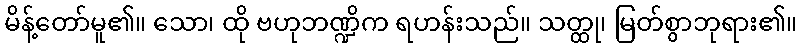
မိန့်တော်မူ၏။ သော၊ ထို ဗဟုဘဏ္ဍိက ရဟန်းသည်။ သတ္ထု၊ မြတ်စွာဘုရား၏။